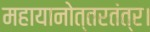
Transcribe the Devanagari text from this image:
महायानोत्तरतंत्र।